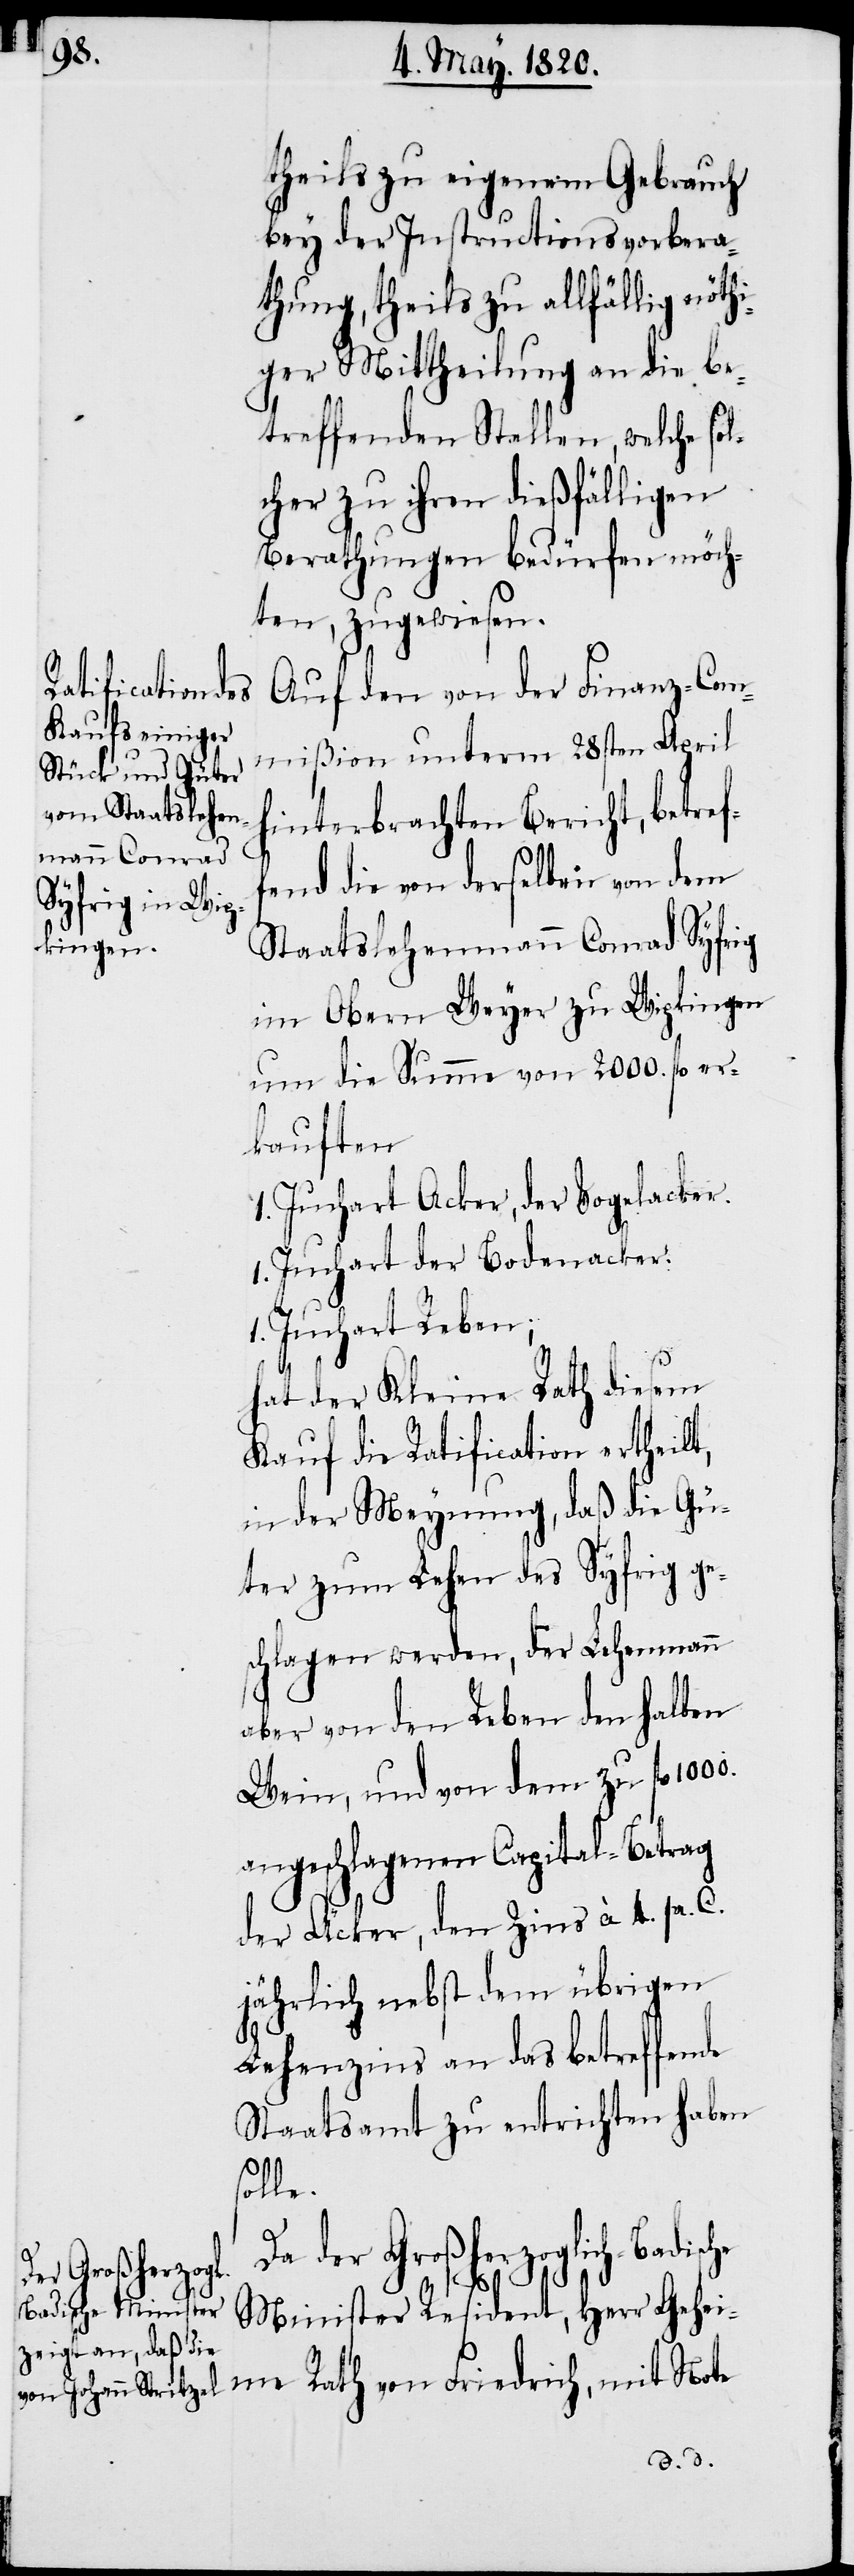
theils zu eigenem Gebrauch
bey der Instructionsvorbera¬
thung, theils zu allfällig nöthi¬
ger Mittheilung an die be¬
treffenden Stellen, welche sol¬
cher zu ihren dießfälligen
Berathungen bedürfen möch¬
ten, zugewiesen.
Auf den von der Finanz-Com¬
mißion unterm 28sten April
hinterbrachten Bericht, betref¬
Staatslehenmann Conrad Syfrig
im Obern Weyer zu Wipkingen
um die Summe von 2000. fl. er¬
kauften
1. Juchart Acker, der Vogelacker.
1. Juchart der Bodenacker.
1. Juchart Reben;
hat der Kleine Rath diesen
Kauf die Ratification ertheilt,
in der Meynung, daß die Gü¬
ter zum Lehen des Syfrig ge¬
schlagen werden, der Lehenmann
aber von den Reben denselben
Wein, und von dem zu fl.
angeschlagenen Capital-Betrag
der Äcker, den Zins à 4. pr. C.
jährlich nebst dem übrigen
Lehenzins an das betreffende
Staatsamt zu entrichten haben
1000.
solle.
Da der Großherzoglich-Badische
Minister Resident, Herr Geheime